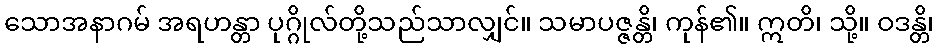
သောအနာဂမ် အရဟန္တာ ပုဂ္ဂိုလ်တို့သည်သာလျှင်။ သမာပဇ္ဇန္တိ၊ ကုန်၏။ ဣတိ၊ သို့။ ဝဒန္တိ၊